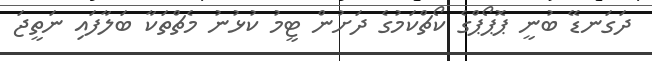
ދަގަނޑޭ ބުނީ ޕޮޕޯޕްގެ ކޯޗްކަމުގެ ދަށުން ޓީމު ކުޅުނު މެޗްތަކާ ބަލާފައި ނަތީޖަ